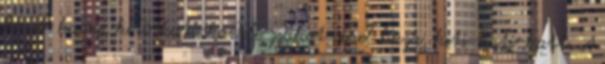
kövér kacsa, kiti-kati-ka Tele zsákot cipel haza, kiti-kati-katt. A